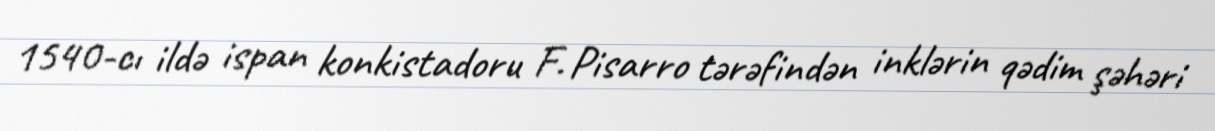
1540-cı ildə ispan konkistadoru F. Pisarro tərəfindən inklərin qədim şəhəri